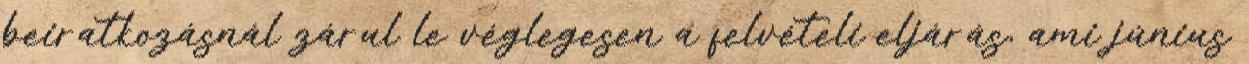
beiratkozásnál zárul le véglegesen a felvételi eljárás, ami június